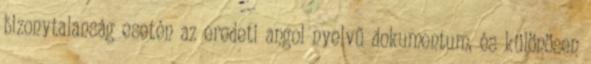
bizonytalanság esetén az eredeti angol nyelvű dokumentum, és különösen